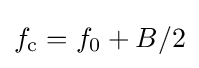
f_{\mathrm {c} }=f_{0}+B/2